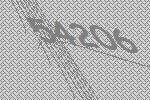
54206